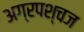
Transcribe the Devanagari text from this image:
अग्रपश्चज